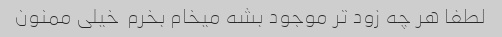
لطفا هر چه زود تر موجود بشه میخام بخرم  خیلی ممنون